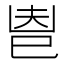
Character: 𢀺